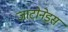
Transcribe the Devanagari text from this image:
जाटोनेड्स